Report on vaccination in the Province of Bengal - 1874-1889
Year: 1874
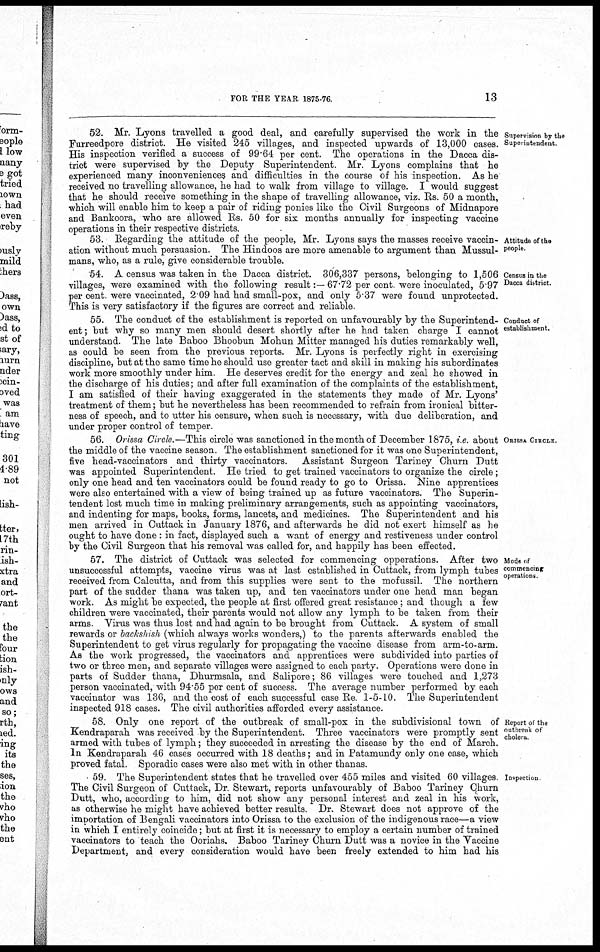
FOR THE YEAR 1875-76.
13
Supervision by the
Superintendent
52. Mr. Lyons travelled a good deal, and carefully supervised the work in the
Furreedpore district. He visited 245 villages, and inspected upwards of 13,000 cases.
His inspection verified a success of 99.64 per cent. The operations in the Dacca dis-
trict were supervised by the Deputy Superintendent. Mr. Lyons complains that he
experienced many inconveniences and difficulties in the course of his inspection. As he
received no travelling allowance, he had to walk from village to village. I would suggest
that he should receive something in the shape of travelling allowance, viz. Rs. 50 a month,
which will enable him to keep a pair of riding ponies like the Civil Surgeons of Midnapore
and Bankoora, who are allowed Rs. 50 for six months annually for inspecting vaccine
operations in their respective districts
Attitude of the
people.
53. Regarding the attitude of the people, Mr. Lyons says the masses receive vaccin-
ation without much persuasion. The Hindoos are more amenable to argument than Mussul-
mans, who, as a rule, give considerable trouble.
Census in the
Dacca district.
54. A census was taken in the Dacca district. 306,337 persons, belonging to 1,506
villages, were examined with the following result:— 67.72 per cent were inoculated, 5.97
per cent were vaccinated, 2 09 had had small-pox, and only 5 37 were found unprotected.
This is very satisfactory if the figures are correct and reliable.
Conduct of
establishment.
55. The conduct of the establishment is reported on unfavourably by the Superintend-
ent; but why so many men should desert shortly after he had taken charge I cannot
understand. The late Baboo Bhoobun Mohun Mitter managed his duties remarkably well,
as could be seen from the previous reports. Mr. Lyons is perfectly right in exercising
discipline, but at the same time he should use greater tact and skill in making his subordinates
work more smoothly under him. He deserves credit for the energy and zeal he showed in
the discharge of his duties; and after full examination of the complaints of the establishment,
I am satisfied of their having exaggerated in the statements they made of Mr. Lyons'
treatment of them; but he nevertheless has been recommended to refrain from ironical bitter-
ness of speech, and to utter his censure, when such is necessary, with due deliberation, and
under proper control of temper.
ORISSA CIRCLE.
56. Orissa Circle.—This circle was sanctioned in the month of December 1875, i e. about
the middle of the vaccine season. The establishment sanctioned for it was one Superintendent,
five head-vaccinators and thirty vaccinators. Assistant Surgeon Tariney Churn Dutt
was appointed Superintendent. He tried to get trained vaccinators to organize the circle;
only one head and ten vaccinators could be found ready to go to Orissa. Nine apprentices
were also entertained with a view of being trained up as future vaccinators. The Superin-
tendent lost much time in making preliminary arrangements, such as appointing vaccinators,
and indenting for maps, books, forms, lancets, and medicines. The Superintendent and his
men arrived in Cuttack in January 1876, and afterwards he did not exert himself as he
ought to have done: in fact, displayed such a want of energy and restiveness under control
by the Civil Surgeon that his removal was called for, and happily has been effected.
Mode of
commencing
operations
57. The district of Cuttack was selected for commencing opperations. After two
unsuccessful attempts, vaccine virus was at last established in Cuttack, from lymph tubes
received from Calcutta, and from this supplies were sent to the mofussil. The northern
part of the sudder thana was taken up, and ten vaccinators under one head man began
work. As might be expected, the people at first offered great resistance; and though a few
children were vaccinated, their parents would not allow any lymph to be taken from their
arms Virus was thus lost and had again to be brought from Cuttack. A system of small
rewards or backshish (which always works wonders,) to the parents afterwards enabled the
Superintendent to get virus regularly for propagating the vaccine disease from arm-to-arm.
As the work progressed, the vaccinators and apprentices were subdivided into parties of
two or three men, and separate villages were assigned to each party. Operations were done in
parts of Sudder thana, Dhurmsala, and Salipore; 86 villages were touched and 1,273
person vaccinated, with 94.55 per cent of success. The average number performed by each
vaccinator was 136, and the cost of each successful case Re 1-5-10. The Superintendent
inspected 918 cases. The civil authorities afforded every assistance.
Report of the
outbreak of
cholera
58. Only one report of the outbreak of small-pox in the subdivisional town of
Kendraparah was received by the Superintendent. Three vaccinators were promptly sent
armed with tubes of lymph; they succeeded in arresting the disease by the end of March.
In Kendraparah 46 cases occurred with 18 deaths; and in Patamundy only one case, which
proved fatal. Sporadic cases were also met with in other thanas.
Inspection
59. The Superintendent states that he travelled over 455 miles and visited 60 villages.
The Civil Surgeon of Cuttack, Dr. Stewart, reports unfavourably of Baboo Tariney Churn
Dutt, who, according to him, did not show any personal interest and zeal in his work,
as otherwise he might have achieved better results. Dr. Stewart does not approve of the
importation of Bengali vaccinators into Orissa to the exclusion of the indigenous race—a view
in which I entirely coincide; but at first it is necessary to employ a certain number of trained
vaccinators to teach the Ooriahs. Baboo Tariney Churn Dutt was a novice in the Vaccine
Department, and every consideration would have been freely extended to him had his